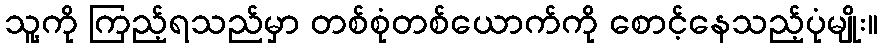
သူ့ကို ကြည့်ရသည်မှာ တစ်စုံတစ်ယောက်ကို စောင့်နေသည့်ပုံမျိုး။